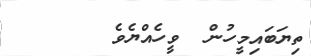
ތިޔަބައިމީހުން  ވީހެއްޔެވެ